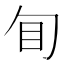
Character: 䀏